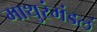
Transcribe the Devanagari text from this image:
माथुरंमंडलं